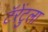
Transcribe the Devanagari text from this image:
टॅरेंटुला